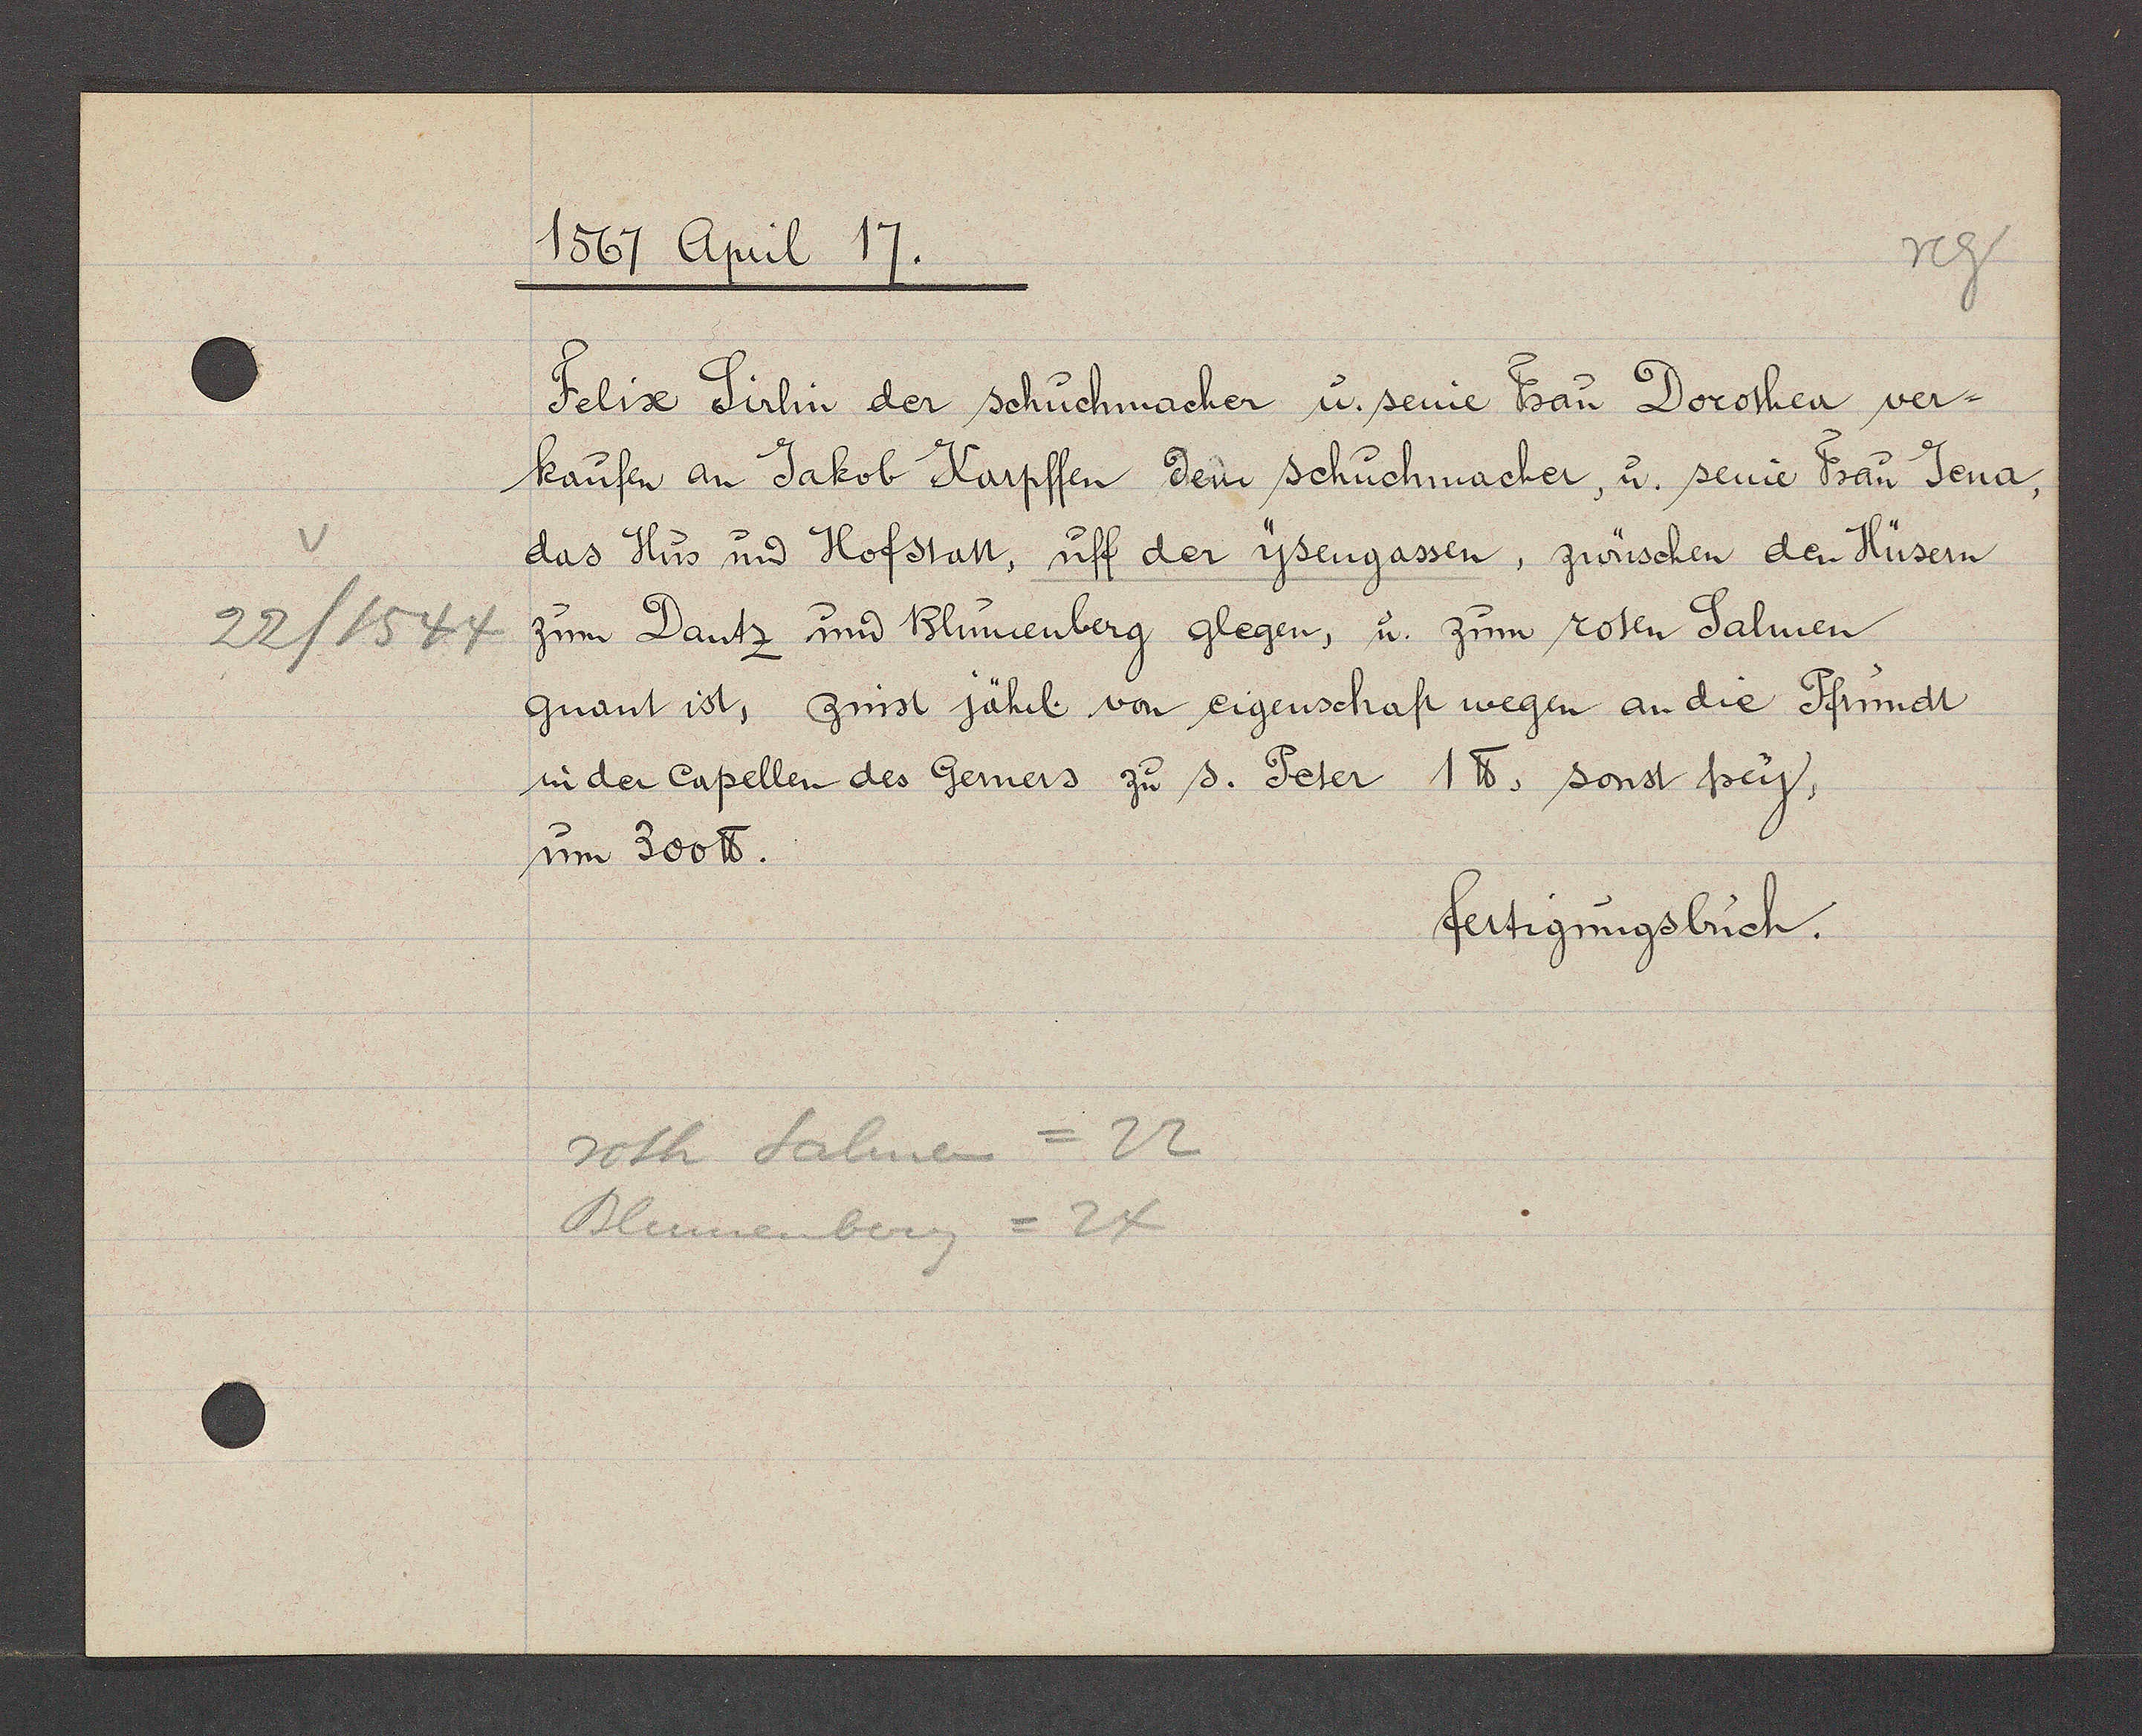
Transcript:
22/ 1544

1567 April 17.
Felix Sirlin der schuchmacher u. seine Frau Dorothea ver-
kaufen an Jakob Karpffen dem Schuchmacher, u. seine Frau Jena,
das Hus und Hofstatt, uff der Ysengassen, zwüschen den Hüsern
zum Dantz und Blumenberg glegen, u. zum roten Salmen
gnant ist, zinst jährl von eigenschaft wegen an die Pfrundt
in der Capellen des Gemers zu s. Peter 1 ℔. sonst frey,
um 300 ℔.
fertigungsbuch.
roth Salmen = 22
Blumenberg = 24